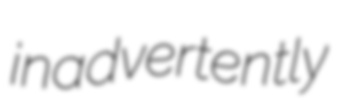
inadvertently